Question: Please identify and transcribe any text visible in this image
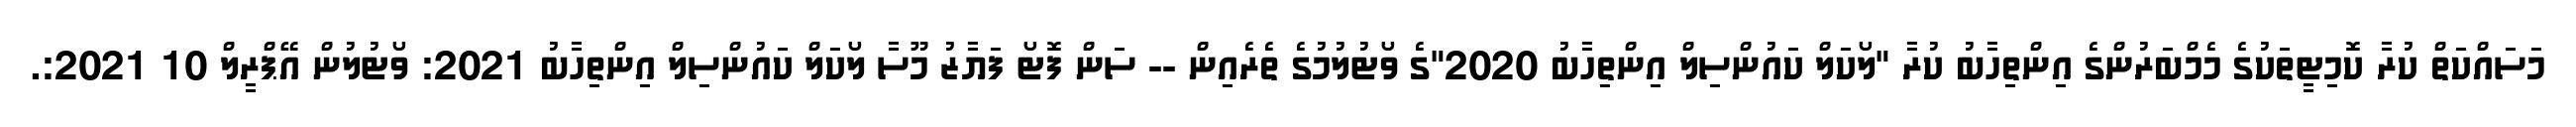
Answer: މަސައްކަތް ކުރާ ކޮމިޓީތަކުގެ މެމްބަރުންގެ އިންތިހާބު ކުރާ "ލޯކަލް ކައުންސިލް އިންތިހާބު 2020"ގެ ވޯޓުލުމުގެ ތެރެއިން -- ސަން ފޮޓޯ ފަޔާޒު މޫސާ ލޯކަލް ކައުންސިލް އިންތިހާބު 2021: ވޯޓުލުން އޭޕްރީލް 10 2021:.